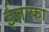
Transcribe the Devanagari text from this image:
ईज़ाफा